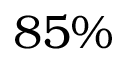
8 5 \%